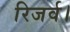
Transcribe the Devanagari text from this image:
रिजर्व।